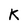
Character: K